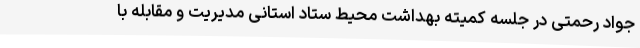
جواد رحمتی در جلسه کمیته بهداشت محیط ستاد استانی مدیریت و مقابله با